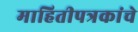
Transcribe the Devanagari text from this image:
माहितीपत्रकांचे